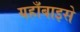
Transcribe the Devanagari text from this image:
यहाँबाइसे